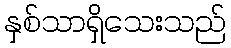
နှစ်သာရှိသေးသည်